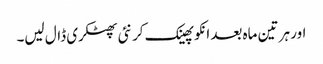
اور ہر تین ماہ بعد انکو پھینک کر نئی پھٹکری ڈال لیں۔